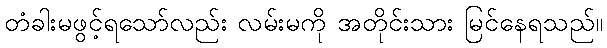
တံခါးမဖွင့်ရသော်လည်း လမ်းမကို အတိုင်းသား မြင်နေရသည်။